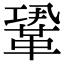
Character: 𩊳